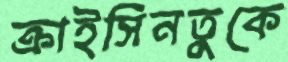
ক্রাইসিনতুকে